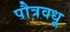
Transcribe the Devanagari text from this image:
पौत्रवधू